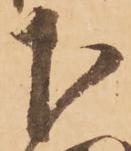
下